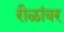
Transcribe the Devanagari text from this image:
रीळांवर